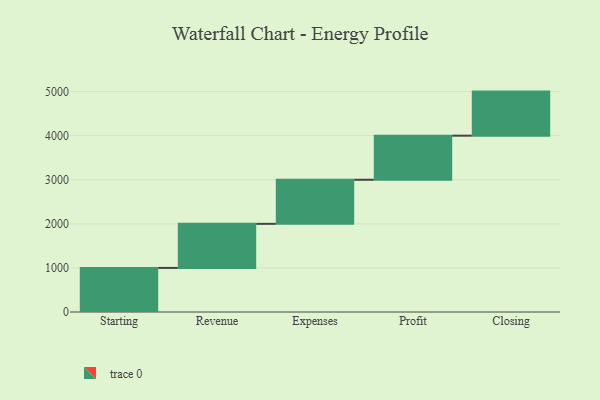
{"axis": {"x": "Step", "y": "Value"}, "legend": [""], "data": [{"x": "Starting", "y": 1000, "type": ""}, {"x": "Revenue", "y": 1000, "type": ""}, {"x": "Expenses", "y": 1000, "type": ""}, {"x": "Profit", "y": 1000, "type": ""}, {"x": "Closing", "y": 1000, "type": ""}]}